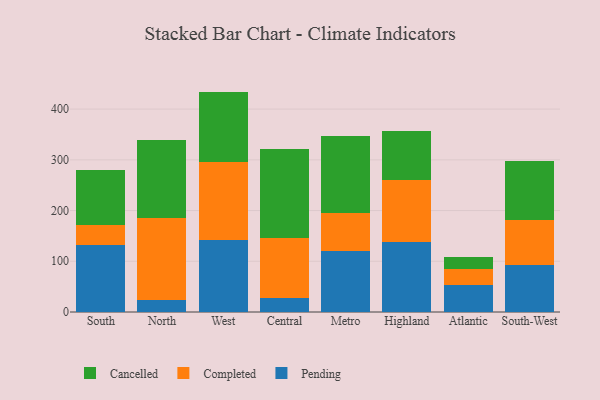
{"axis": {"x": "Region", "y": "Temperature (°C)"}, "legend": ["Cancelled", "Completed", "Pending"], "data": [{"x": "South", "y": 131.6, "type": "Pending"}, {"x": "South", "y": 39.3, "type": "Completed"}, {"x": "South", "y": 110.0, "type": "Cancelled"}, {"x": "North", "y": 23.4, "type": "Pending"}, {"x": "North", "y": 162.3, "type": "Completed"}, {"x": "North", "y": 152.6, "type": "Cancelled"}, {"x": "West", "y": 141.5, "type": "Pending"}, {"x": "West", "y": 154.1, "type": "Completed"}, {"x": "West", "y": 138.9, "type": "Cancelled"}, {"x": "Central", "y": 27.7, "type": "Pending"}, {"x": "Central", "y": 117.6, "type": "Completed"}, {"x": "Central", "y": 175.5, "type": "Cancelled"}, {"x": "Metro", "y": 120.5, "type": "Pending"}, {"x": "Metro", "y": 74.8, "type": "Completed"}, {"x": "Metro", "y": 151.4, "type": "Cancelled"}, {"x": "Highland", "y": 137.6, "type": "Pending"}, {"x": "Highland", "y": 122.8, "type": "Completed"}, {"x": "Highland", "y": 96.5, "type": "Cancelled"}, {"x": "Atlantic", "y": 53.9, "type": "Pending"}, {"x": "Atlantic", "y": 31.7, "type": "Completed"}, {"x": "Atlantic", "y": 22.3, "type": "Cancelled"}, {"x": "South-West", "y": 93.6, "type": "Pending"}, {"x": "South-West", "y": 88.0, "type": "Completed"}, {"x": "South-West", "y": 115.5, "type": "Cancelled"}]}